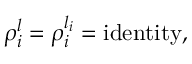
\rho _ { i } ^ { l } = \rho _ { i } ^ { l _ { i } } = \mathrm { i d e n t i t y } ,